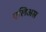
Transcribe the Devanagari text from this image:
एलिअस